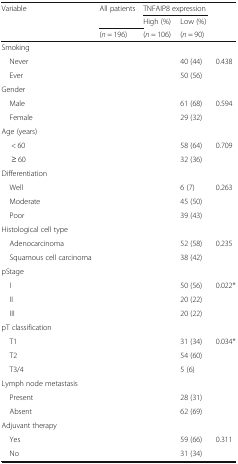
<table><thead><tr><td rowspan="3"><b>Variable</b></td><td rowspan="2"><b>All patients</b></td><td colspan="2"><b>TNFAIP8 expression</b></td><td rowspan="3">[EMPTY_CELL]</td></tr><tr><td><b>High (%)</b></td><td><b>Low (%)</b></td></tr><tr><td><b>(<i>n</i> = 196)</b></td><td><b>(<i>n</i> = 106)</b></td><td><b>(<i>n</i> = 90)</b></td></tr></thead><tbody><tr><td colspan="5">Smoking</td></tr><tr><td> Never</td><td>[EMPTY_CELL]</td><td>[EMPTY_CELL]</td><td>40 (44)</td><td rowspan="2">0.438</td></tr><tr><td> Ever</td><td>[EMPTY_CELL]</td><td>[EMPTY_CELL]</td><td>50 (56)</td></tr><tr><td colspan="5">Gender</td></tr><tr><td> Male</td><td>[EMPTY_CELL]</td><td>[EMPTY_CELL]</td><td>61 (68)</td><td rowspan="2">0.594</td></tr><tr><td> Female</td><td>[EMPTY_CELL]</td><td>[EMPTY_CELL]</td><td>29 (32)</td></tr><tr><td colspan="5">Age (years)</td></tr><tr><td>&lt; 60</td><td>[EMPTY_CELL]</td><td>[EMPTY_CELL]</td><td>58 (64)</td><td rowspan="2">0.709</td></tr><tr><td>≥ 60</td><td>[EMPTY_CELL]</td><td>[EMPTY_CELL]</td><td>32 (36)</td></tr><tr><td colspan="5">Differentiation</td></tr><tr><td> Well</td><td>[EMPTY_CELL]</td><td>[EMPTY_CELL]</td><td>6 (7)</td><td rowspan="3">0.263</td></tr><tr><td> Moderate</td><td>[EMPTY_CELL]</td><td>[EMPTY_CELL]</td><td>45 (50)</td></tr><tr><td> Poor</td><td>[EMPTY_CELL]</td><td>[EMPTY_CELL]</td><td>39 (43)</td></tr><tr><td colspan="5">Histological cell type</td></tr><tr><td> Adenocarcinoma</td><td>[EMPTY_CELL]</td><td>[EMPTY_CELL]</td><td>52 (58)</td><td rowspan="2">0.235</td></tr><tr><td> Squamous cell carcinoma</td><td>[EMPTY_CELL]</td><td>[EMPTY_CELL]</td><td>38 (42)</td></tr><tr><td colspan="5">pStage</td></tr><tr><td> I</td><td>[EMPTY_CELL]</td><td>[EMPTY_CELL]</td><td>50 (56)</td><td rowspan="3">0.022*</td></tr><tr><td> II</td><td>[EMPTY_CELL]</td><td>[EMPTY_CELL]</td><td>20 (22)</td></tr><tr><td> III</td><td>[EMPTY_CELL]</td><td>[EMPTY_CELL]</td><td>20 (22)</td></tr><tr><td colspan="5">pT classification</td></tr><tr><td> T1</td><td>[EMPTY_CELL]</td><td>[EMPTY_CELL]</td><td>31 (34)</td><td rowspan="3">0.034*</td></tr><tr><td> T2</td><td>[EMPTY_CELL]</td><td>[EMPTY_CELL]</td><td>54 (60)</td></tr><tr><td> T3/4</td><td>[EMPTY_CELL]</td><td>[EMPTY_CELL]</td><td>5 (6)</td></tr><tr><td colspan="4">Lymph node metastasis</td><td>[EMPTY_CELL]</td></tr><tr><td> Present</td><td>[EMPTY_CELL]</td><td>[EMPTY_CELL]</td><td>28 (31)</td><td>[EMPTY_CELL]</td></tr><tr><td> Absent</td><td>[EMPTY_CELL]</td><td>[EMPTY_CELL]</td><td>62 (69)</td><td>[EMPTY_CELL]</td></tr><tr><td colspan="5">Adjuvant therapy</td></tr><tr><td> Yes</td><td>[EMPTY_CELL]</td><td>[EMPTY_CELL]</td><td>59 (66)</td><td rowspan="2">0.311</td></tr><tr><td> No</td><td>[EMPTY_CELL]</td><td>[EMPTY_CELL]</td><td>31 (34)</td></tr></tbody></table>